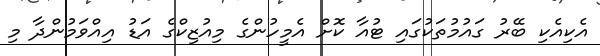
އެކިއެކި ބޭރު ގައުމުތަކުގައި ޓުއާ ކޮށް އެމީހުންގެ މިއުޒިކްގެ އަޑު އިއްވަމުންދާ މި